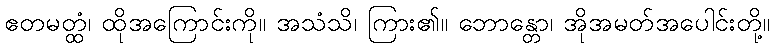
ဧတမတ္ထံ၊ ထိုအကြောင်းကို။ အသံသိ၊ ကြား၏။ ဘောန္တော၊ အိုအမတ်အပေါင်းတို့။